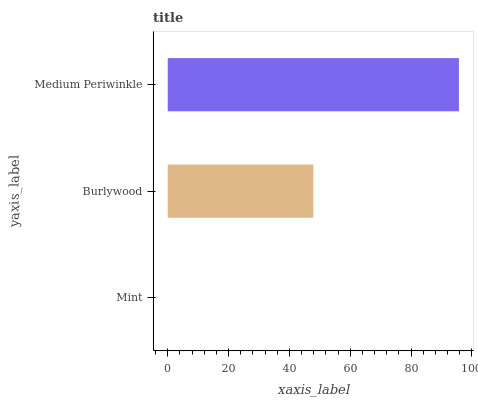
| yaxis_label | bars |
 | --- | --- |
 | Mint | 0 |
 | Burlywood | 47.9 |
 | Medium Periwinkle | 95.7 |